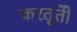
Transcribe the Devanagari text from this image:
करतूतोें